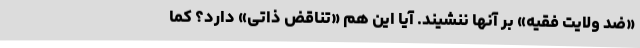
«ضد ولایت فقیه» بر آنها ننشیند. آیا این هم «تناقض ذاتی» دارد؟ کما